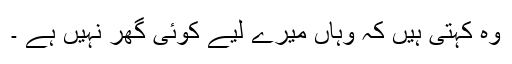
وہ کہتی ہیں کہ وہاں میرے لیے کوئی گھر نہیں ہے ۔